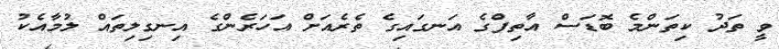
ވީ ތަދު ކިތަންމެ ބޮޑަސް އާތިފްގެ އަނގައިގެ ތެރެއަށް އަހަރެންގެ އިނގިލިތައް ލުމާއެކު